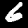
Digit: 6